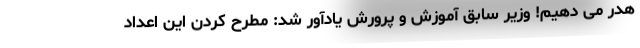
هدر می دهیم! وزیر سابق آموزش و پرورش یادآور شد: مطرح کردن این اعداد